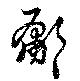
鄘